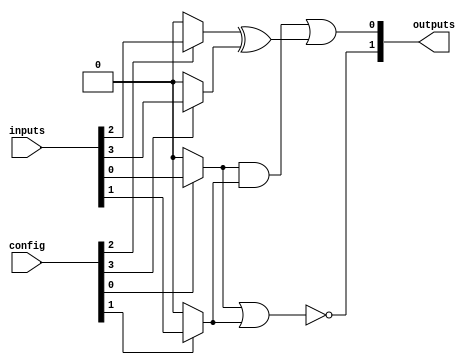
module programmable_logic_block #(
    parameter NUM_INPUTS = 4,
    parameter NUM_OUTPUTS = 2,
    parameter SRAM_SIZE = 16 // Number of configuration bits
)(
    input wire [NUM_INPUTS-1:0] inputs,  // Input signals
    input wire [SRAM_SIZE-1:0] config,   // Configuration settings
    output wire [NUM_OUTPUTS-1:0] outputs // Output signals
);

    // Internal signals
    wire [NUM_INPUTS-1:0] selected_inputs;
    wire [NUM_OUTPUTS-1:0] logic_out;

    // Multiplexer to select inputs based on configuration
    generate
        genvar i;
        for (i = 0; i < NUM_INPUTS; i = i + 1) begin : mux_block
            assign selected_inputs[i] = (config[i] == 1'b1) ? inputs[i] : 1'b0; // Simple selection logic
        end
    endgenerate

    // Combinational logic implementation
    assign logic_out[0] = (selected_inputs[0] & selected_inputs[1]) | (selected_inputs[2] ^ selected_inputs[3]); // Example logic
    assign logic_out[1] = ~(selected_inputs[0] | selected_inputs[1]); // Another example

    // Output assignment based on logic functions
    assign outputs = logic_out;

endmodule